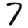
Digit: 7